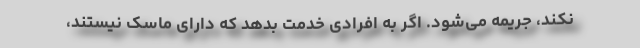
نکند، جریمه می‌شود. اگر به افرادی خدمت بدهد که دارای ماسک نیستند،